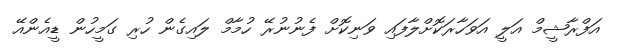
އަފްރާޝީމް އަލީ އަވަހާރަކޮށްލާފައި ވަނިކޮށް ފެނުނުރޭ ހުމާމް ލައިގެން ހުރި ގަމީހުން ޑީއެންއޭ